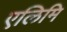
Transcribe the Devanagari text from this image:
एलिमि